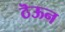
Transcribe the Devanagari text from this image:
ठॆऊन